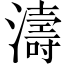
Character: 濤